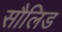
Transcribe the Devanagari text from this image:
सौलिड